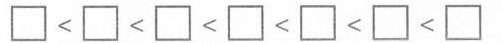
\Box<\Box<\Box<\Box<\Box<\Box<\Box